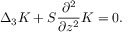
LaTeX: \Delta _ { 3 } K + S \frac { \partial ^ { 2 } } { \partial z ^ { 2 } } K = 0 .